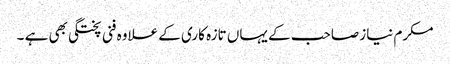
مکرم نیاز صاحب کے یہاں تازہ کاری کے علاوہ فنی پختگی بھی ہے ۔